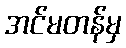
အင်မတန်မှ